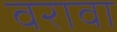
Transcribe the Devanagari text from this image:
वरावा